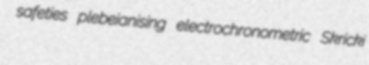
safeties plebeianising electrochronometric Skricki